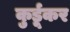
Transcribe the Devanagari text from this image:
कुर्डूकर